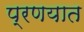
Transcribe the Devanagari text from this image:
प्रणयात